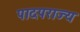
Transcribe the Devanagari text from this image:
पादपराज्य